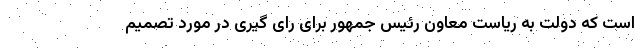
است که دولت به ریاست معاون رئیس جمهور برای رای گیری در مورد تصمیم